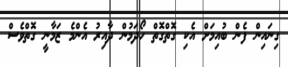
ގިނައިން ފެން ބުއިމަށް އެކި ގޮތްގޮތް ހޯދަމުން ދާއިރު އެންމެ ޒަމާނީ ގޮތްވެސް